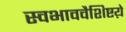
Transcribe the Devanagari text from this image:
स्वभाववैशिष्टय़े